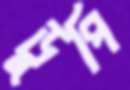
ডুপি